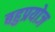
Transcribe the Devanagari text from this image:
बहुप्रयोज